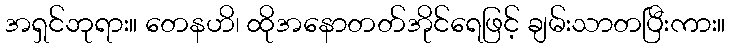
အရှင်ဘုရား။ တေနဟိ၊ ထိုအနောတတ်အိုင်ရေဖြင့် ချမ်းသာတပြီးကား။